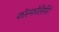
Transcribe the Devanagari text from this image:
फॉस्फोलिपिने